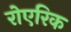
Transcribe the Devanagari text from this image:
रोएरिक